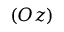
( O z )